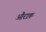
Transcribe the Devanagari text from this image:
औराक़